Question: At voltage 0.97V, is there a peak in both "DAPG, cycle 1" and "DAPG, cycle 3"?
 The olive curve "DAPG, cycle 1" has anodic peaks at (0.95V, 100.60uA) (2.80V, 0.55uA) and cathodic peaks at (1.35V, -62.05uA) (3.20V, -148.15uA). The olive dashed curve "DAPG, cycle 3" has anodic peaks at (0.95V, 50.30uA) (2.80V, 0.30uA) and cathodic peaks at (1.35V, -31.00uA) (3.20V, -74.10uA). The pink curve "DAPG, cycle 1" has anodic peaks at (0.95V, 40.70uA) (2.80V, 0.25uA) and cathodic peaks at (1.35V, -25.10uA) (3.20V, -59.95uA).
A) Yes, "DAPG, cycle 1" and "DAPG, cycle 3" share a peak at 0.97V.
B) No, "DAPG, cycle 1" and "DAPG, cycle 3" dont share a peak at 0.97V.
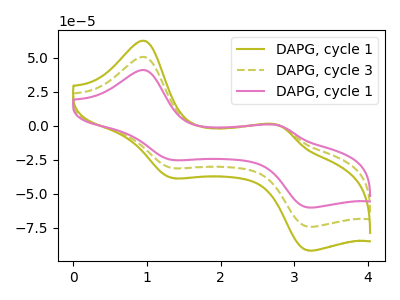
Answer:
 <answer>A) Yes, "DAPG, cycle 1" and "DAPG, cycle 3" share a peak at 0.97V.</answer>
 <eval>A</eval>